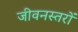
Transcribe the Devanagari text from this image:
जीवनस्तरों